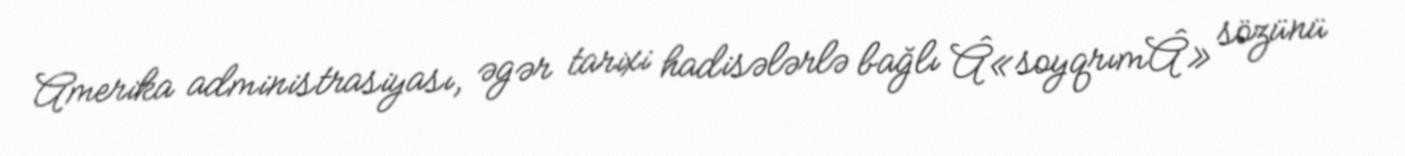
Amerika administrasiyası, əgər tarixi hadisələrlə bağlı Â«soyqrımÂ» sözünü